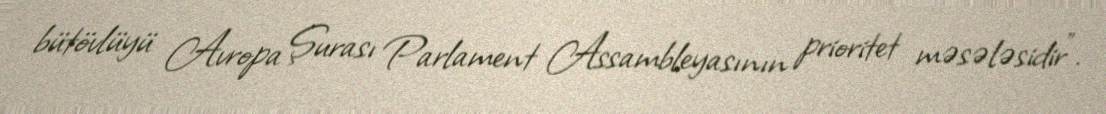
bütövlüyü Avropa Şurası Parlament Assambleyasının prioritet məsələsidir”.